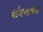
ધોળશાજીના